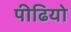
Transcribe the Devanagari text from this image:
पीढियो